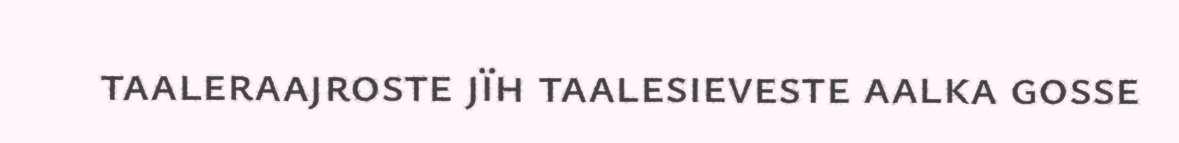
taaleraajroste jïh taalesieveste aalka gosse